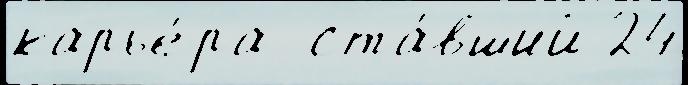
карье́ра  ста́вший 24